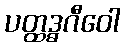
ပတ္ထဒ္ဓဂီဝေါ